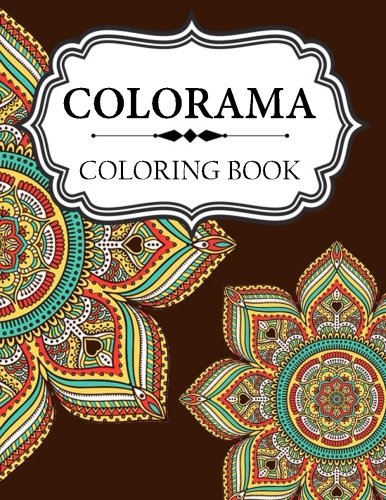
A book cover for Colorama Coloring Book: Stress Relieving Patterns : Coloring Books For Adults, coloring books for adults relaxation, coloring book for grown ups (Volume 55); Colorama Coloring Book; Arts & Photography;